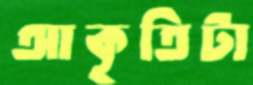
আকৃতিটা